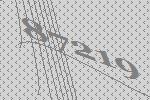
87219